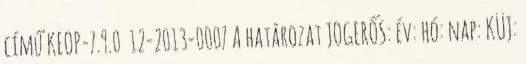
című KEOP-7.9.0 12-2013-0007 A határozat JOGERŐS: év: hó: nap: KÜJ: